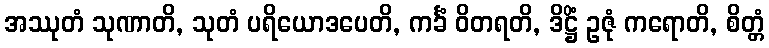
အဿုတံ သုဏာတိ, သုတံ ပရိယောဒပေတိ, ကင်္ခံ ဝိတရတိ, ဒိဋ္ဌိံ ဥဇုံ ကရောတိ, စိတ္တံ